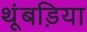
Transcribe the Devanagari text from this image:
थूंबड़िया